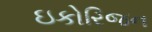
ઇકોરિજન